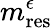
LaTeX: m_{\mathrm{res}}^{\epsilon}